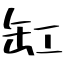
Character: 缸